Regulations for the medical services of the Army of India
Year: 1930
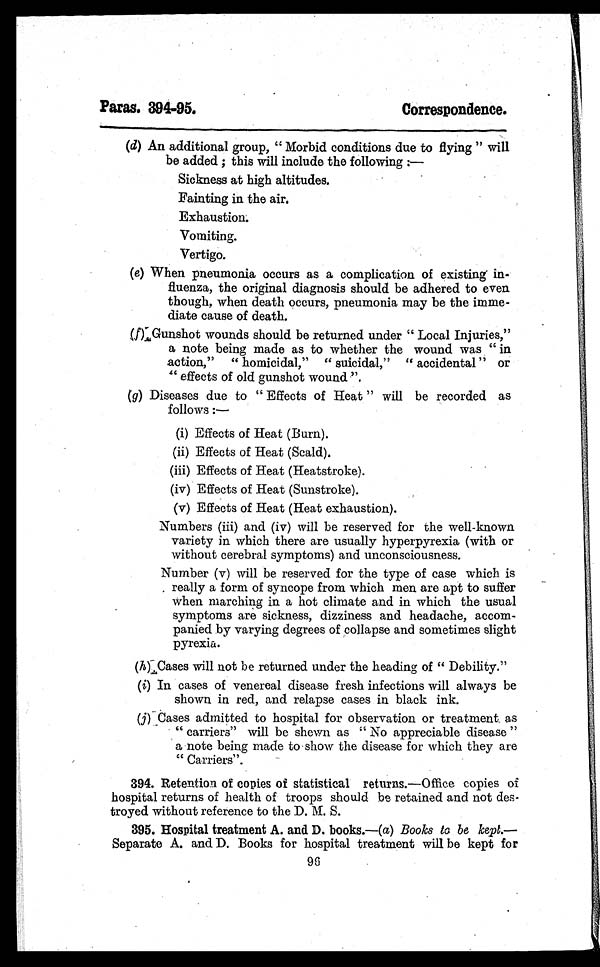
Paras. 394-95.
Correspondence.
(d) An additional group, " Morbid conditions due to flying " will
be added ; this will include the following :—
Sickness at high altitudes.
Fainting in the air.
Exhaustion.
Vomiting.
Vertigo.
(e) When pneumonia occurs as a complication of existing in-
fluenza, the original diagnosis should be adhered to even
though, when death occurs, pneumonia may be the imme-
diate cause of death.
(f) Gunshot wounds should be returned under " Local Injuries,"
a note being made as to whether the wound was " in
action," " homicidal," " suicidal," " accidental " or
" effects of old gunshot wound ".
(g) Diseases due to " Effects of Heat " will be recorded as
follows :
—
(i) Effects of Heat (Burn).
(ii) Effects of Heat (Scald).
(iii) Effects of Heat (Heatstroke).
(iv) Effects of Heat (Sunstroke).
(v) Effects of Heat (Heat exhaustion).
Numbers (iii) and (iv) will be reserved for the well-known
variety in which there are usually hyperpyrexia (with or
without cerebral symptoms) and unconsciousness.
Number (v) will be reserved for the type of case which is
really a form of syncope from which men are apt to suffer
when marching in a hot climate and in which the usual
symptoms are sickness, dizziness and headache, accom-
panied by varying degrees of collapse and sometimes slight
pyrexia.
( h )
C a s e s w i l l n o t b e r e t u r n e d u n d e r t h e h e a d i n g o f " D e b i l i t y . "
(i) In cases of venereal disease fresh infections will always be
shown in red, and relapse cases in black ink.
(j) Cases admitted to hospital for observation or treatment as
" carriers" will be shewn as " No appreciable disease "
a note being made to show the disease for which they are
" Carriers".
394. Retention of copies of statistical returns.—Office copies of
hospital returns of health of troops should be retained and not des-
troyed without reference to the D. M. S.
395. Hospital treatment A. and D. books.—( a) Books to be kept.—
Separate A. and D. Books for hospital treatment will be kept for
96